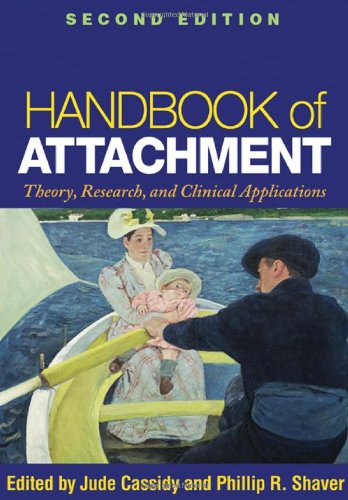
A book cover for Handbook of Attachment, Second Edition: Theory, Research, and Clinical Applications; Medical Books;